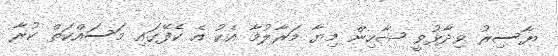
ޔާސިރު ވިދާޅުވީ ޝާހިން މިޔާ މަރާލުމާ އެކު އެ ކެފޭގައި މަސައްކަތް ކުރާ